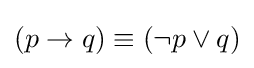
(p\rightarrow q)\equiv (\neg p\vee q)